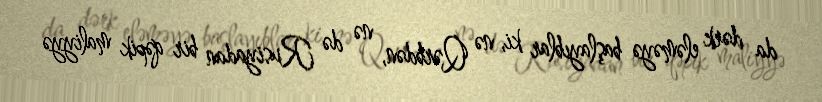
da dərk eləməyə başlayıblar ki, nə Qərbdən, nə də Rusiyadan bir qəpik maliyyə